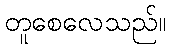
တူစေလေသည်။